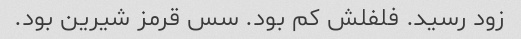
زود رسید. فلفلش کم بود. سس قرمز شیرین بود.